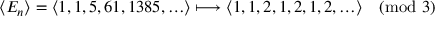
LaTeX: \langle E _ { n } \rangle = \langle 1 , 1 , 5 , 6 1 , 1 3 8 5 , \ldots \rangle \longmapsto \langle 1 , 1 , 2 , 1 , 2 , 1 , 2 , \ldots \rangle { \pmod { 3 } }